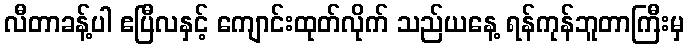
လီတာခန့်ပါ ဧပြီလနှင့် ကျောင်းထုတ်လိုက် သည်ယနေ့ ရန်ကုန်ဘူတာကြီးမှ